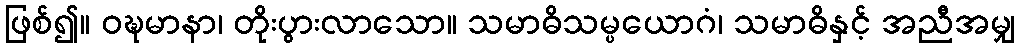
ဖြစ်၍။ ဝဍ္ဎမာနာ၊ တိုးပွားလာသော။ သမာဓိသမ္ပယောဂံ၊ သမာဓိနှင့် အညီအမျှ